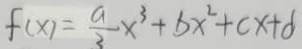
f ( x ) = \frac { a } { 3 } x ^ { 3 } + b x ^ { 2 } + c x + d